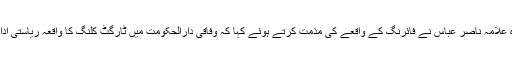
مجلس وحدت المسلمین کے سربراہ علامہ ناصر عباس نے فائرنگ کے واقعے کی مذمت کرتے ہوئے کہا کہ وفاقی دارالحکومت میں ٹارگٹ کلنگ کا واقعہ ریاستی اداروں کی کمزوری ثابت کرتا ہے۔